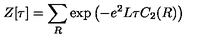
Z [ \tau ] = \sum _ { R } \exp \left( - e ^ { 2 } L \tau C _ { 2 } ( R ) \right)